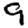
Digit: 9